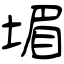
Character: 堳